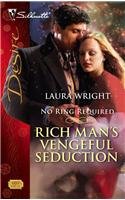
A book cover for Rich Man's Vengeful Seduction; Laura Wright; Comics & Graphic Novels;